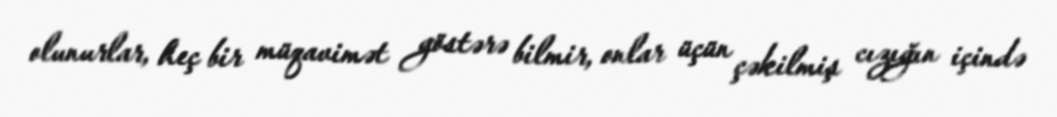
olunurlar, heç bir müqavimət göstərə bilmir, onlar üçün çəkilmiş cızığın içində